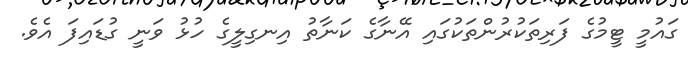
ގައުމީ ޓީމުގެ ފަރިތަކުރުންތަކުގައި އޭނާގެ ކަނާތު އިނގިލީގެ ހުޅު ވަނީ ގުޑައިފަ އެވެ.